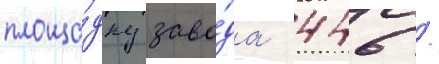
площа́дку заво́да 446 /